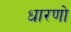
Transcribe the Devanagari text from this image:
धारणो